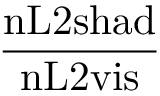
\frac { \mathrm { n L 2 } \mathrm { s h a d } } { \mathrm { n L 2 } \mathrm { v i s } }